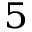
^ 5